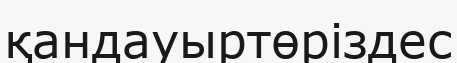
қандауыртөріздес